Civil Veterinary Department. Madras. Admin. report 1926-33 - 1926-1933
Year: 1926
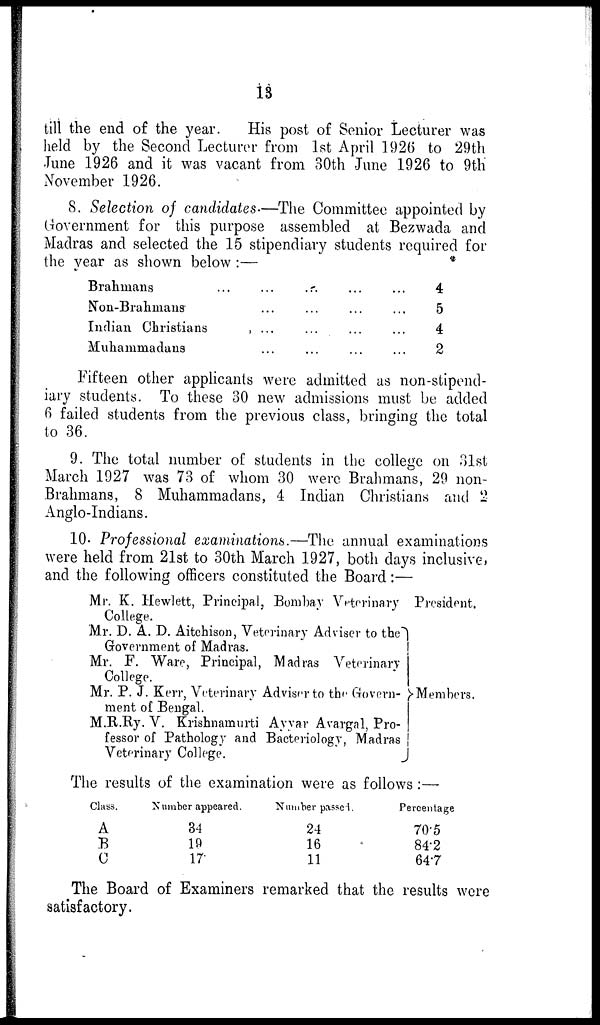
18
till the end of the year.
His post of Senior Lecturer was
held by the Second Lecturer from 1st April 1926 to 29th
June 1926 and it was vacant from 30th June 1926 to 9th
November 1926.
8. Selection of candidates.—The Committee appointed by
Government for this purpose assembled at Bezwada and
Madras and selected the 15 stipendiary students required for
the year as shown below:—
Brahmans
Non-Brahmans
Indian Christians
Muhammadans
...
...
...
...
...
...
...
...
...
...
...
...
...
...
...
...
...
4
5
4
2
Fifteen other applicants were admitted as non-stipend-
iary students. To these 30 new admissions must be added
6 failed students from the previous class, bringing the total
to 36.
9. The total number of students in the college on 31st
March 1927 was 73 of whom 30 were Brahmans, 29 non-
Brahmans, 8 Muhammadans, 4 Indian Christians and 2
Anglo-Indians.
10. Professional examinations.—The annual examinations
were held from 21st to 30th March 1927, both days inclusive,
and the following officers constituted the Board:—
Mr. K. Hewlett, Principal, Bombay Veterinary
College.
Mr. D. A. D. Aitchison, Veterinary Adviser to the
Government of Madras.
Mr. F. Ware, Principal, Madras Veterinary
College.
Mr. P. J. Kerr, Veterinary Adviser to the Govern-
ment of Bengal.
M.R.Ry. V. Krishnamurti Ayyar Avargal, Pro-
fessor of Pathology and Bacteriology, Madras
Veterinary College.
President.
Members.
The results of the examination were as follows:—
Class.
A
B
C
Number appeared.
34
19
17
Number passed.
24
16
11
Percentage
70.5
84.2
64.7
The Board of Examiners remarked that the results were
satisfactory.